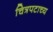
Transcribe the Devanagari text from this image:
चित्रपटाच्य